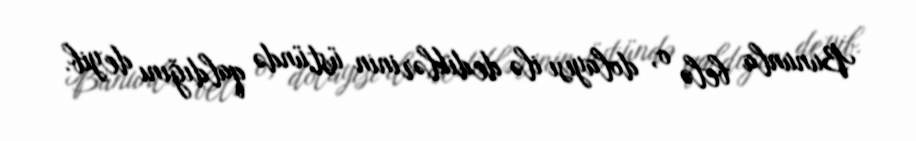
Bununla belə o, dolayısı ilə dediklərinin üstündə qaldığını deyib.